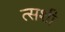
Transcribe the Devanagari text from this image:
त्सशी